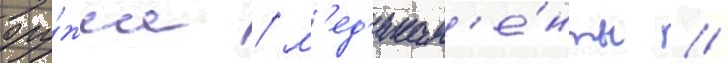
ору́жие / м'ед'икам'е́нты /